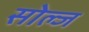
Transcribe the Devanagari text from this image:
सोल्ज